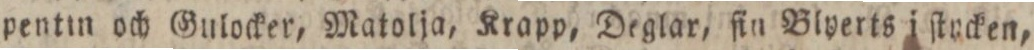
pentin och Gulocker, Matolja, Krapp, Deglar, ſin Blyerts i ſtucken,